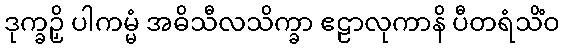
ဒုက္ခဉှိ ပါကမ္မံ အဓိသီလသိက္ခာ ဧဠာလုကာနိ ပီတရံသိံဝ